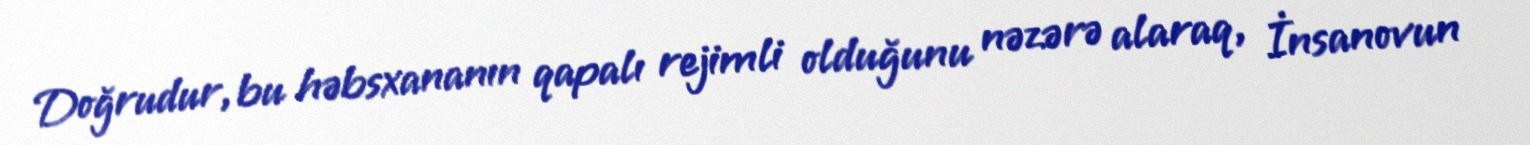
Doğrudur, bu həbsxananın qapalı rejimli olduğunu nəzərə alaraq, İnsanovun